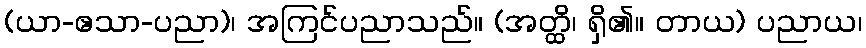
(ယာ-ဧသာ-ပညာ)၊ အကြင်ပညာသည်။ (အတ္ထိ၊ ရှိ၏။ တာယ) ပညာယ၊